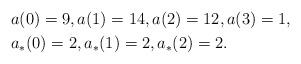
LaTeX: \begin{align*}&a(0)=9,a(1)=14,a(2)=12,a(3)=1,\cr&a_*(0)=2,a_*(1)=2,a_*(2)=2.\end{align*}